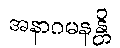
အနာဂမနန္တိ